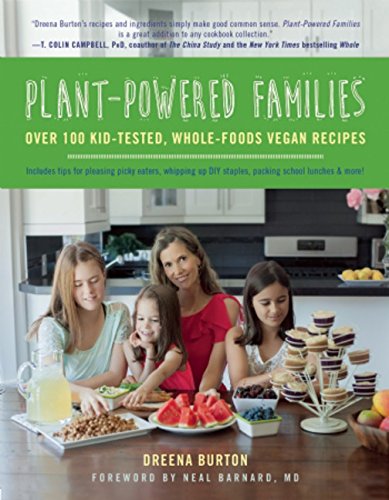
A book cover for Plant-Powered Families: Over 100 Kid-Tested, Whole-Foods Vegan Recipes; Dreena Burton; Cookbooks, Food & Wine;